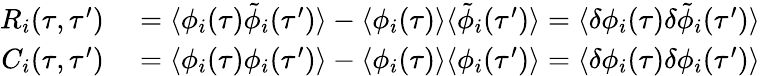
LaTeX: {}\begin{array}{rl}{R_{i}(\tau,\tau^{\prime})}&{{}=\langle\phi_{i}(\tau)\tilde{\phi}_{i}(\tau^{\prime})\rangle-\langle\phi_{i}(\tau)\rangle\langle\tilde{\phi}_{i}(\tau^{\prime})\rangle=\langle\delta\phi_{i}(\tau)\delta\tilde{\phi}_{i}(\tau^{\prime})\rangle}\\ {C_{i}(\tau,\tau^{\prime})}&{{}=\langle\phi_{i}(\tau)\phi_{i}(\tau^{\prime})\rangle-\langle\phi_{i}(\tau)\rangle\langle\phi_{i}(\tau^{\prime})\rangle=\langle\delta\phi_{i}(\tau)\delta\phi_{i}(\tau^{\prime})\rangle}\end{array}